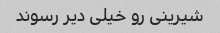
شیرینی رو خیلی دیر رسوند